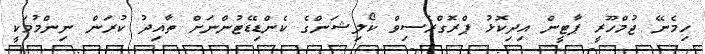
ހިމެނޭ ޖުމްހޫރީ ޕާޓީން އިދިކޮޅު ޕްރޮގްރެސިވް ކޯލިޝަންގެ ކެންޑިޑޭޓުންނަށް ތާއިދު ކުރަން ނިންމުމަކީ